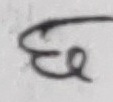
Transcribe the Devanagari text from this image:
छ